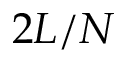
2 L / N